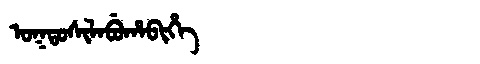
Manchu: ᠣᡴᡨᠣᠰᡳᠯᠠᠪᡠᡥᠠᠪᡳᡥᡝ
Romanization: OKTOSILABUHABIHE